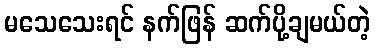
မသေသေးရင် နက်ဖြန် ဆက်ပို့ချမယ်တဲ့